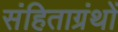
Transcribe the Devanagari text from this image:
संहिताग्रंथों